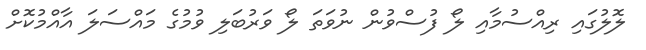
ލޮލުގައި ރިއްސުމާއި ލޯ ފުސްވުން ނުވަތަ ލޯ ވަރުބަލި ވުމުގެ މައްސަލަ އާއްމުކޮށް